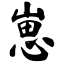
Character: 崽